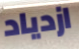
ازدياد